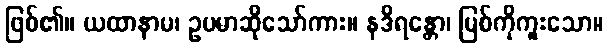
ဖြစ်၏။ ယထာနာမ၊ ဥပမာဆိုသော်ကား။ နဒိရန္တော၊ မြစ်ကိုကူးသော။